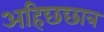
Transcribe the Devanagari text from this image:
अहिछछात्र